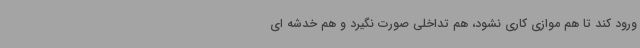
ورود کند تا هم موازی کاری نشود، هم تداخلی صورت نگیرد و هم خدشه ای